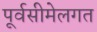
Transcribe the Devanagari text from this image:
पूर्वसीमेलगत